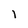
Character: l